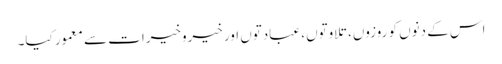
اس کے دنوں کو روزوں، تلاوتوں، عبادتوں اور خیروخیرات سے معمور کیا۔